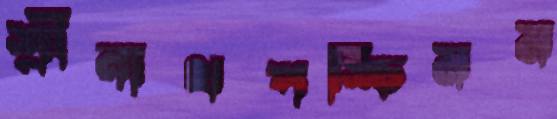
শ্রীনাথপশ্চিমম